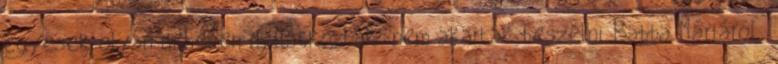
egyesek olyan nehezen nyilatkoztak: nem akartak beszélni Babba Máriáról;